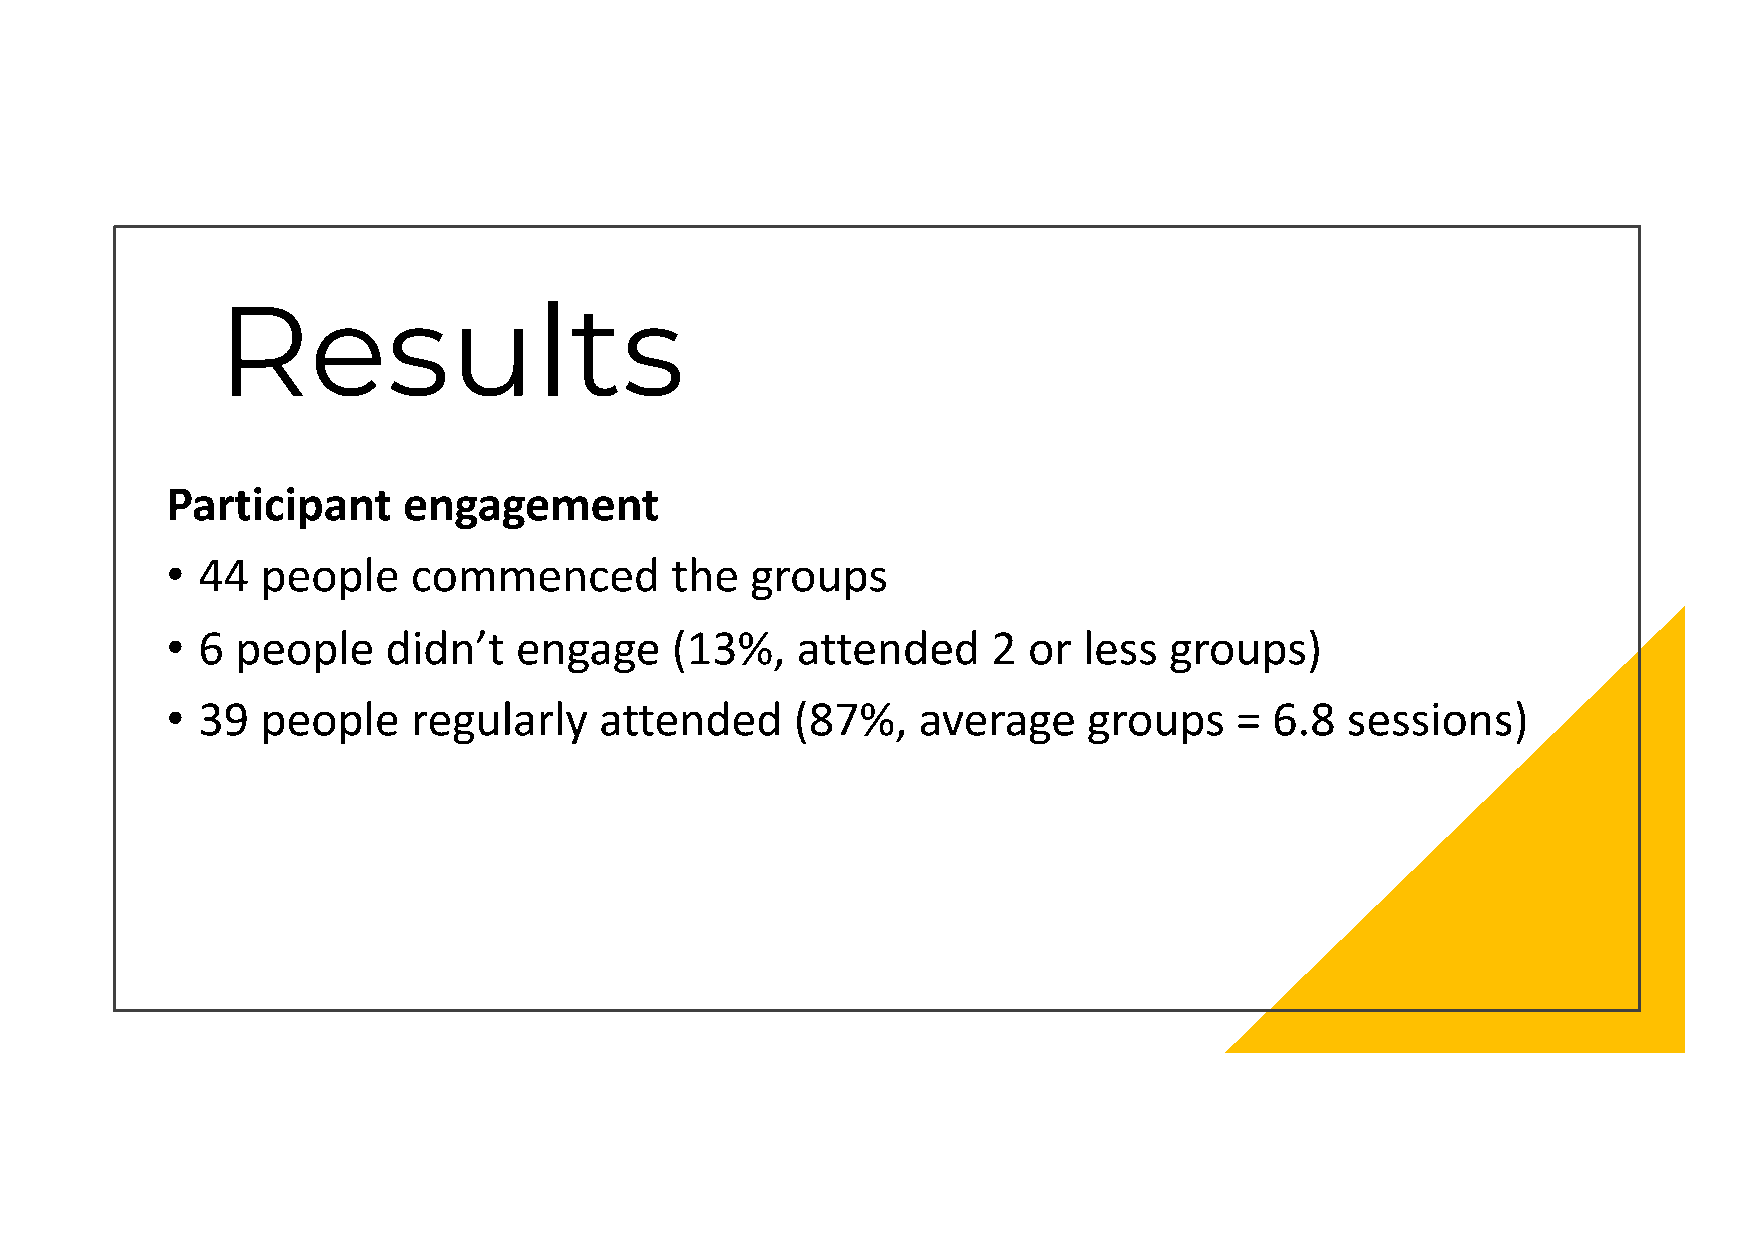
Results
 Participant     engagement
 • 44  people    commenced        the   groups
 • 6  people    didn’t  engage    (13%,    attended     2 or  less groups)
 • 39  people    regularly    attended     (87%,   average    groups    = 6.8  sessions)